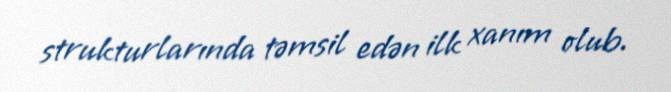
strukturlarında təmsil edən ilk xanım olub.